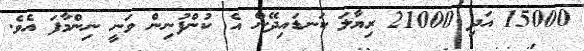
15000 އަދި 21000 ރިޔާލަ ކަނޑައިދޭން އެ ކުންފުނިން ވަނީ ނިންމާފަ އެވެ.